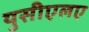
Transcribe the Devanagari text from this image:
युसीएलए